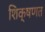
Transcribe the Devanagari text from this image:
शिक्षणत